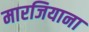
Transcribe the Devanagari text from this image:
मारजियाना